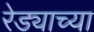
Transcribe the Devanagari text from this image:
रेड्याच्या